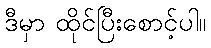
ဒီမှာ ထိုင်ပြီးစောင့်ပါ။